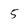
Character: 5